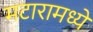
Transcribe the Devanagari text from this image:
मटारामध्ये